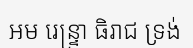
អម រេន្ទ្រា ធិរាជ ទ្រង់